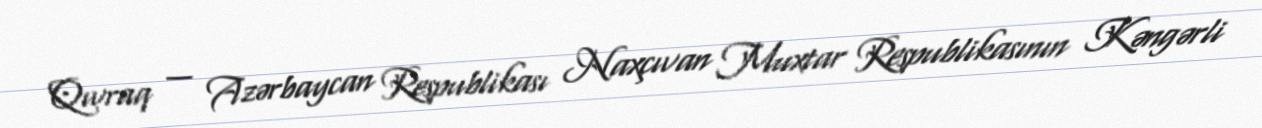
Qıvraq — Azərbaycan Respublikası Naxçıvan Muxtar Respublikasının Kəngərli